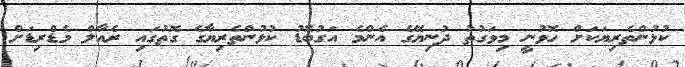
ކުޅުންތެރިޔަކަށް ހޮވުނީ މިވަގުތު ދުނިޔޭގެ އެންމެ އަގުބޮޑު ކުޅުންތެރިޔާގެ ގޮތުގައި ރެއާލް މެޑްރިޑަށް